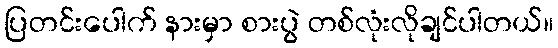
ပြတင်းပေါက် နားမှာ စားပွဲ တစ်လုံးလိုချင်ပါတယ်။